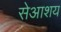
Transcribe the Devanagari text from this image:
सेआशय